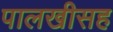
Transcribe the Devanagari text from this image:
पालखीसह